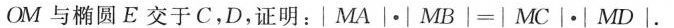
OM与椭圆E交于C，D，证明：$$| M A |